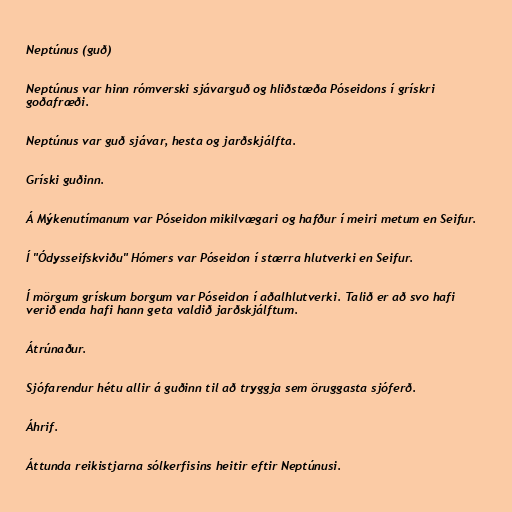
Neptúnus (guð)

Neptúnus var hinn rómverski sjávarguð og hliðstæða Póseidons í grískri
goðafræði.

Neptúnus var guð sjávar, hesta og jarðskjálfta.

Gríski guðinn.

Á Mýkenutímanum var Póseidon mikilvægari og hafður í meiri metum en Seifur.

Í "Ódysseifskviðu" Hómers var Póseidon í stærra hlutverki en Seifur.

Í mörgum grískum borgum var Póseidon í aðalhlutverki. Talið er að svo hafi
verið enda hafi hann geta valdið jarðskjálftum.

Átrúnaður.

Sjófarendur hétu allir á guðinn til að tryggja sem öruggasta sjóferð.

Áhrif.

Áttunda reikistjarna sólkerfisins heitir eftir Neptúnusi.